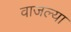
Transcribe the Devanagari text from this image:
वाजल्या